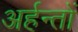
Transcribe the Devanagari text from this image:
अर्हन्तों